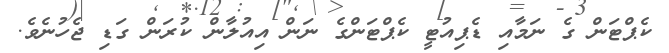
ކެޕްޓަން ގެ ނަމާއި ޑެޕިއުޓީ ކެޕްޓަންގެ ނަން އިއުލާން ކުރަން ގަޑި ޖެހުނެވެެ.